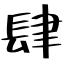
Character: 肆